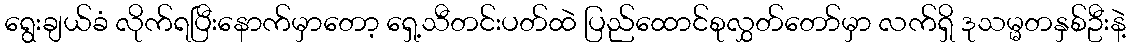
ရွေးချယ်ခံ လိုက်ရပြီးနောက်မှာတော့ ရှေ့သီတင်းပတ်ထဲ ပြည်ထောင်စုလွှတ်တော်မှာ လက်ရှိ ဒုသမ္မတနှစ်ဦးနဲ့